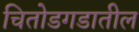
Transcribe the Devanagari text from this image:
चितोडगडातील